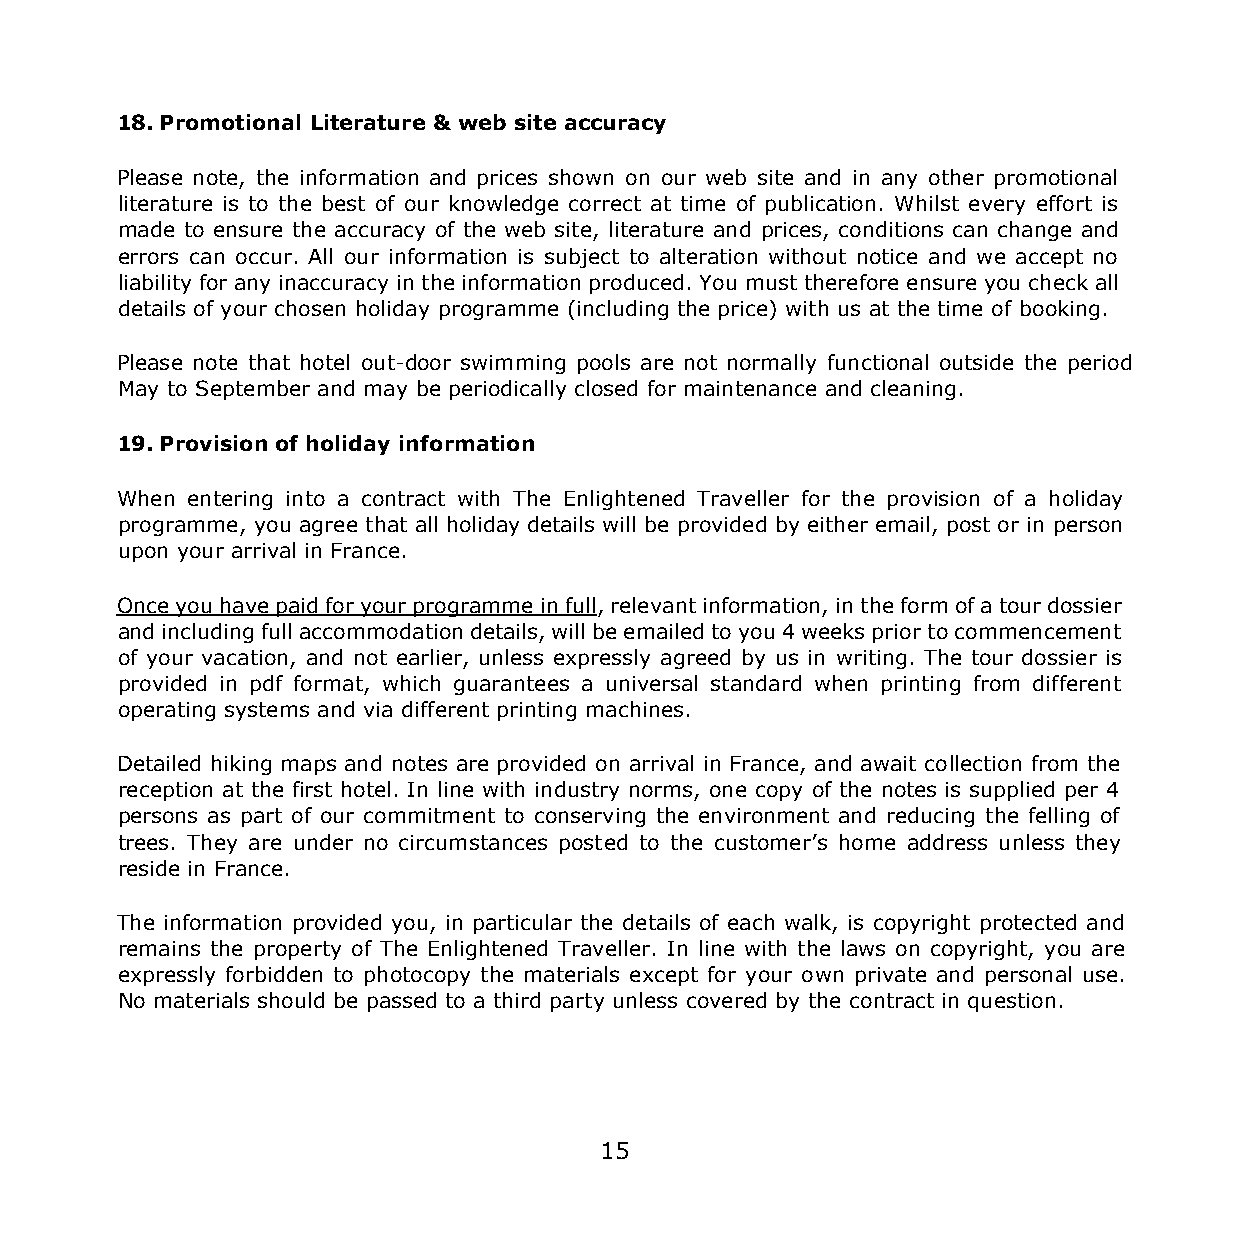
18. Promotional Literature & web site accuracy
 Please note, the information and prices shown on our web site and in any other promotional
 literature is to the best of our knowledge correct at time of publication. Whilst every effort is
 made to ensure the accuracy of the web site, literature and prices, conditions can change and
 errors can occur. All our information is subject to alteration without notice and we accept no
 liability for any inaccuracy in the information produced. You must therefore ensure you check all
 details of your chosen holiday programme (including the price) with us at the time of booking.
 Please note that hotel out-door swimming pools are not normally functional outside the period
 May to September and may be periodically closed for maintenance and cleaning.
 19. Provision of holiday information
 When entering into a contract with The Enlightened Traveller for the provision of a holiday
 programme, you agree that all holiday details will be provided by either email, post or in person
 upon your arrival in France.
 Once you have paid for your programme in full, relevant information, in the form of a tour dossier
 and including full accommodation details, will be emailed to you 4 weeks prior to commencement
 of your vacation, and not earlier, unless expressly agreed by us in writing. The tour dossier is
 provided in pdf format, which guarantees a universal standard when printing from different
 operating systems and via different printing machines.
 Detailed hiking maps and notes are provided on arrival in France, and await collection from the
 reception at the first hotel. In line with industry norms, one copy of the notes is supplied per 4
 persons as part of our commitment to conserving the environment and reducing the felling of
 trees. They are under no circumstances posted to the customer’s home address unless they
 reside in France.
 The information provided you, in particular the details of each walk, is copyright protected and
 remains the property of The Enlightened Traveller. In line with the laws on copyright, you are
 expressly forbidden to photocopy the materials except for your own private and personal use.
 No materials should be passed to a third party unless covered by the contract in question.
 15